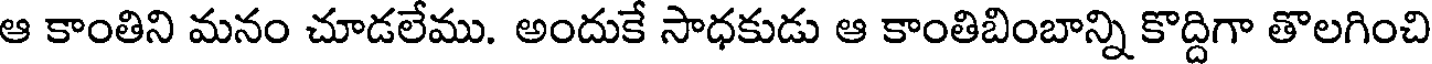
ఆ కాంతిని మనం చూడలేము. అందుకే సాధకుడు ఆ కాంతిబింబాన్ని కొద్దిగా తొలగించి